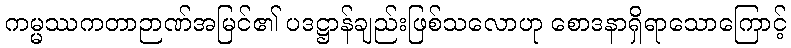
ကမ္မဿကတာဉာဏ်အမြင်၏ ပဒဋ္ဌာန်ချည်းဖြစ်သလောဟု စောဒနာရှိရာသောကြောင့်